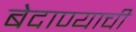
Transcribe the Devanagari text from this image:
बेदाण्याची